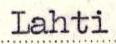
Lahti